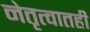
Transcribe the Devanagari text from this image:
नेतृत्वातही